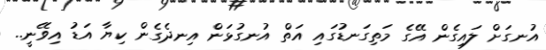
އުނގަށް ލައިގެން އޭގެ މަތިގަނޑުގައި އަތް އުނގުޅަން އިނދެގެން ކިޔާ އަޑު އިވޭނީ..